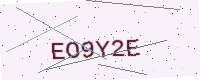
Text: EO9Y2E